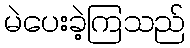
မဲပေးခဲ့ကြသည်